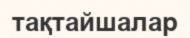
тақтайшалар